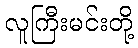
လူကြီးမင်းတို့